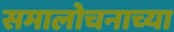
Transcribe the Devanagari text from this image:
समालोचनाच्या